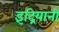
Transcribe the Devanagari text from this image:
इंद्रियानी